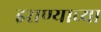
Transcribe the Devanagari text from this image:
इराण्याच्या